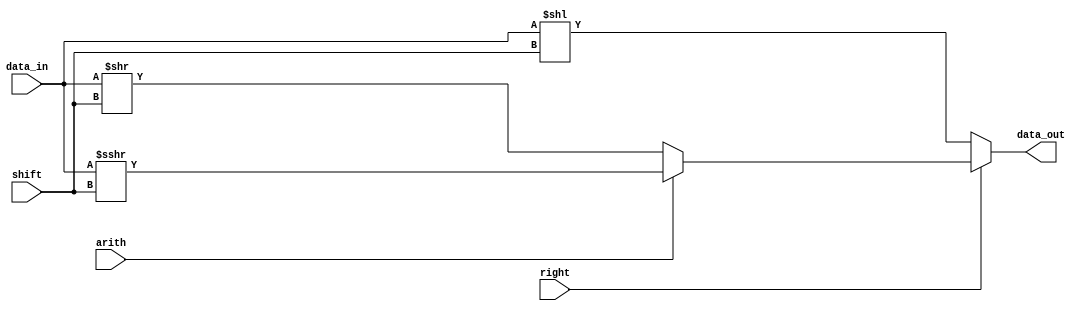
module shift(data_out,data_in,shift,right,arith);
output[31:0] data_out;
input[31:0]  data_in;
input[4:0]   shift;
input		 right;
reg[31:0]	 data_out;
//arith=1 arith shift arith=0 logic shift
input		 arith;
always@*
	if(!right)
		data_out<=data_in<<shift;
	else if(!arith)
		data_out<=data_in>>shift;
	else
		data_out<=$signed(data_in)>>>shift;
endmodule